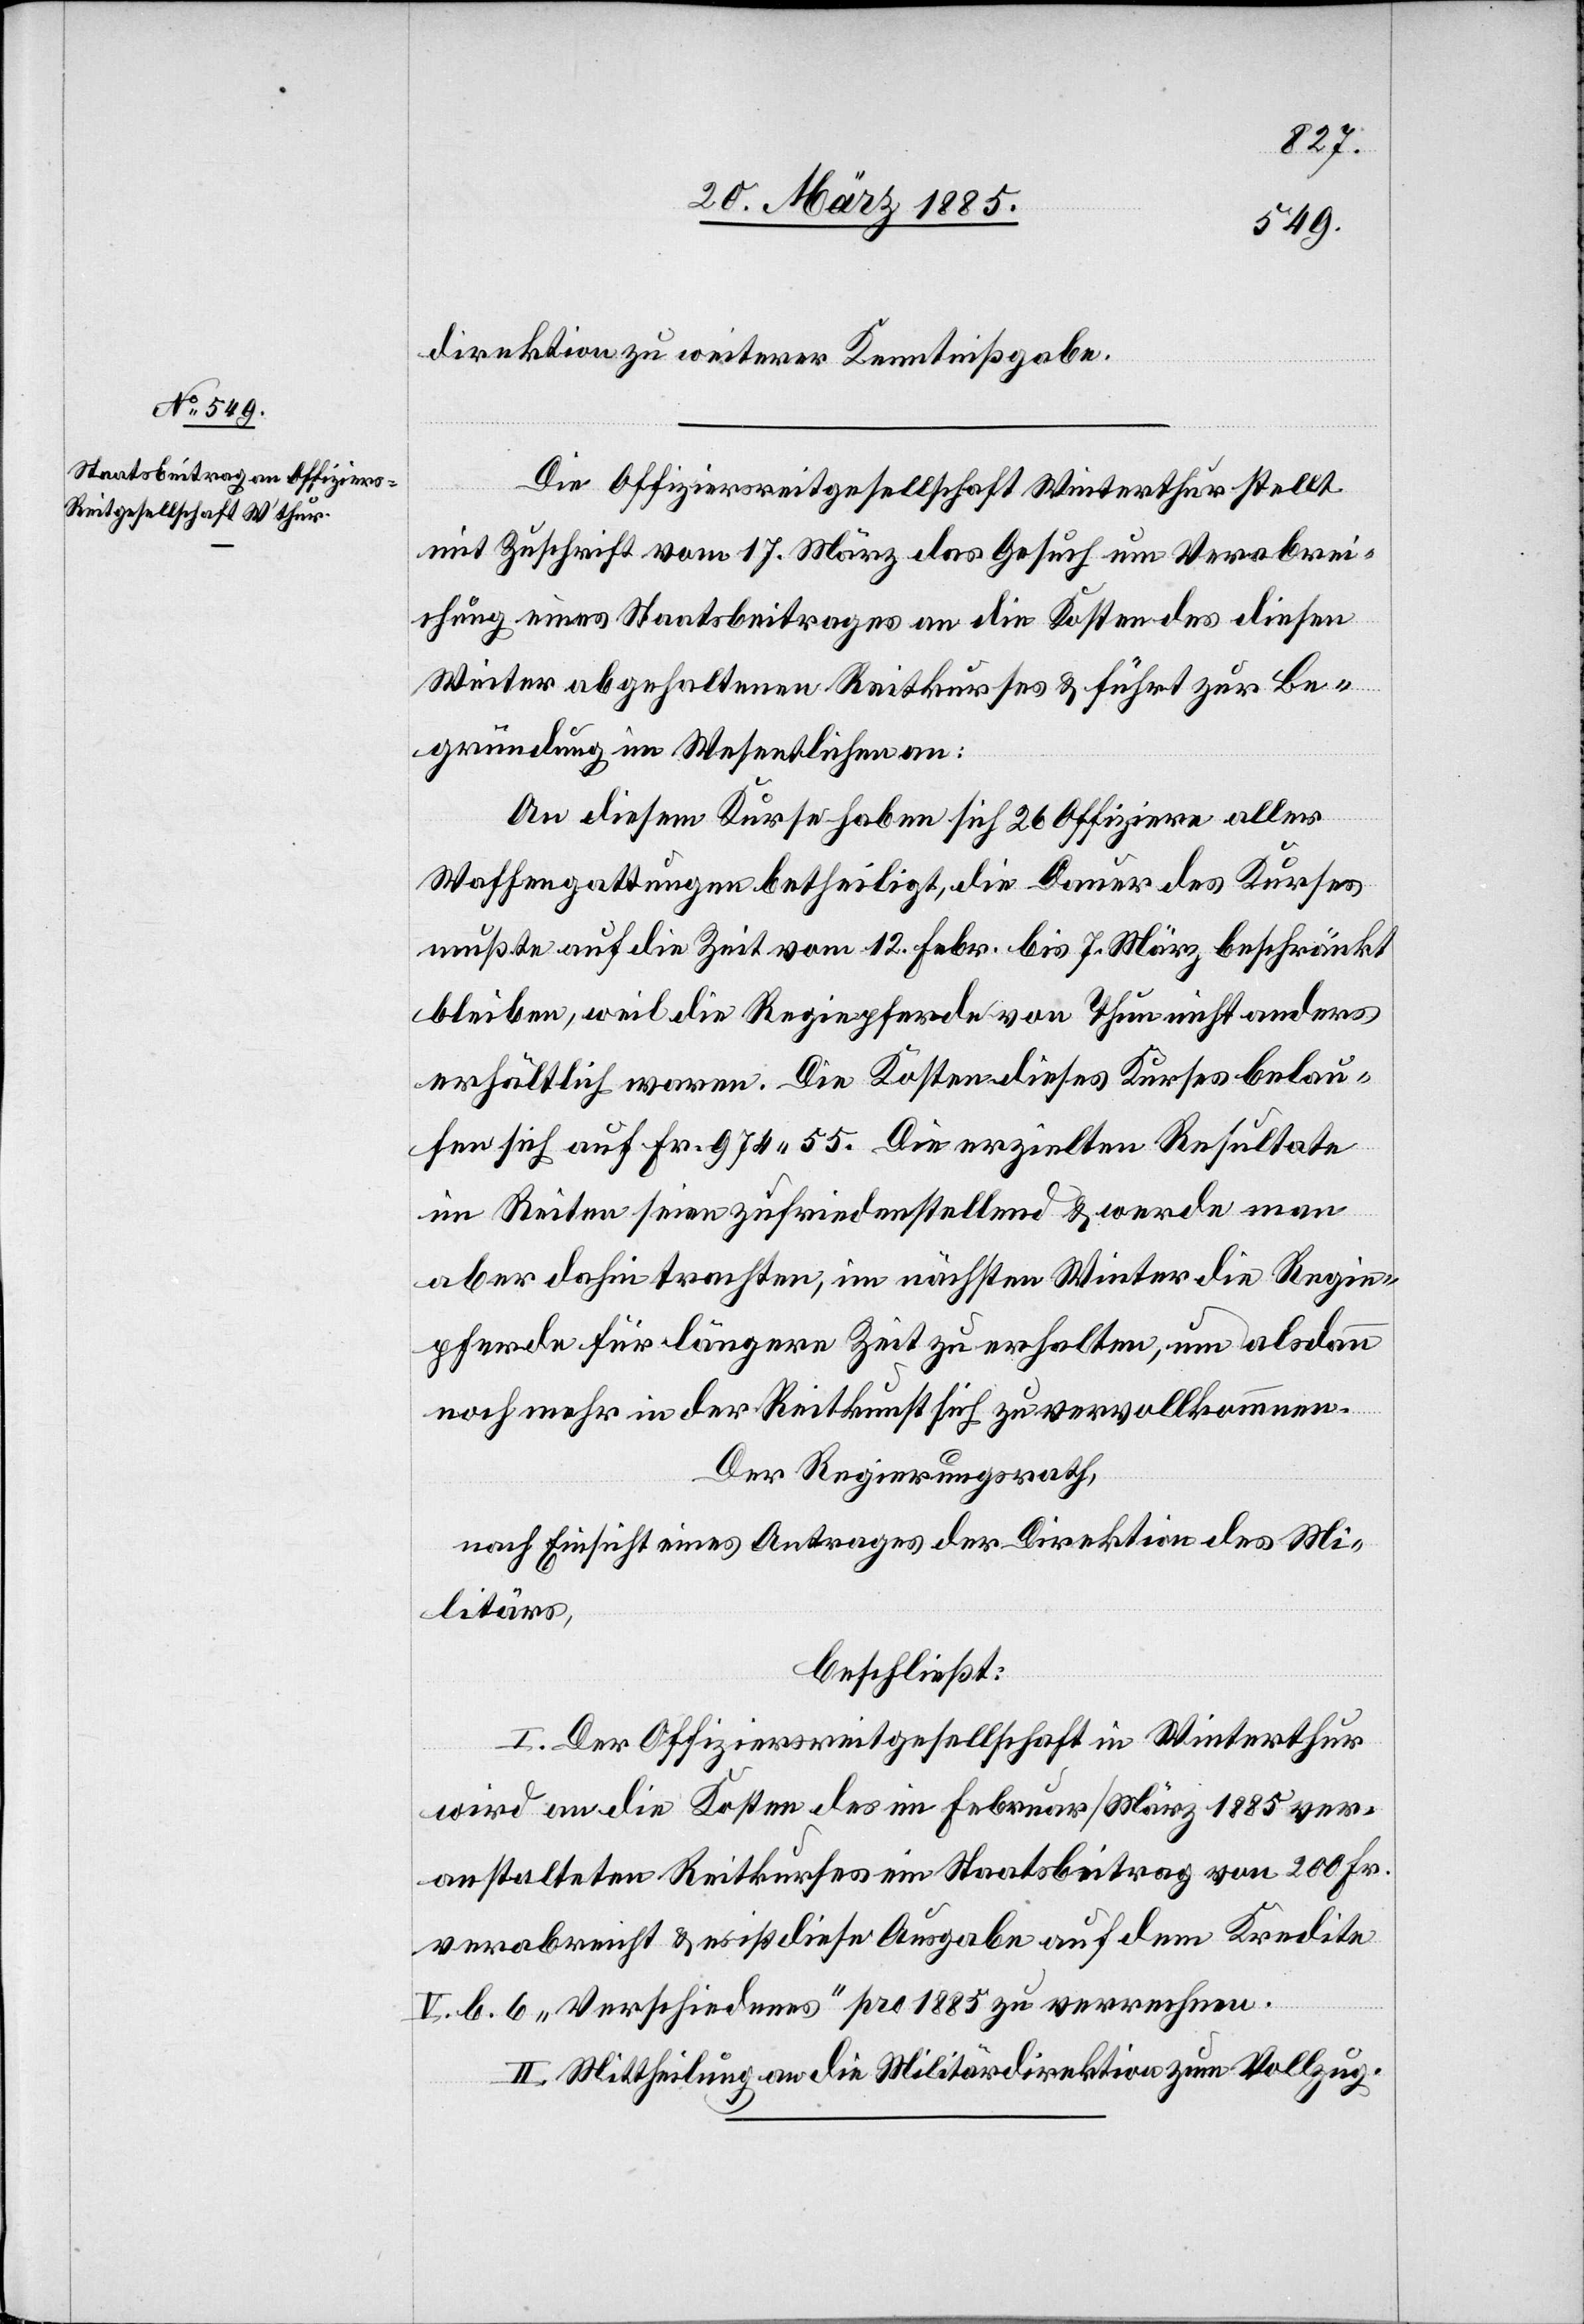
direktion zu weiterer Kenntnißgabe.
Die Offiziersreitgesellschaft Winterthur stellt
mit Zuschrift vom 17. März das Gesuch um Verabrei¬
chung eines Staatsbeitrages an die Kosten des diesen
Winter abgehaltenen Reitkurses & führt zur Be¬
gründung im Wesentlichen an:
An diesem Kurse haben sich 26 Offiziere aller
Waffengattungen betheiligt, die Dauer des Kurses
mußte auf die Zeit vom 12. Febr. bis 7. März beschränkt
bleiben, weil die Regiepferde von Thun nicht anders
erhältlich waren. Die Kosten dieses Kurses belau¬
fen sich auf Fr. 974.55. Die erzielten Resultate
im Reiten seien zufriedenstellend & werde man
aber dahin trachten, im nächsten Winter die Regie¬
pferde für längere Zeit zu erhalten, um alsdann
noch mehr in der Reitkunst sich zu vervollkommnen.
Der Regierungsrath,
nach Einsicht eines Antrages der Direktion des Mi¬
litärs,
beschließt:
I. Der Offiziersreitgesellschaft Winterthur
wird an die Kosten des im Februar/März 1885 ver¬
anstalteten Reitkurses ein Staatsbeitrag von 200 Fr.
verabreicht & es ist diese Ausgabe auf dem Kredite
V. B. 6 „Verschiedenes“ pro 1885 zu verrechnen.
II. Mittheilung an die Militärdirektion zum Vollzug.